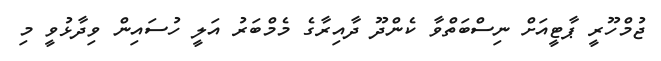
ޖުމްހޫރީ ޕާޓީއަށް ނިސްބަތްވާ ކެންދޫ ދާއިރާގެ މެމްބަރު އަލީ ހުސައިން ވިދާޅުވީ މި